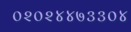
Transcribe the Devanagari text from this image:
०२०२४४७३३०४